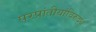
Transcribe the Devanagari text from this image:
परप्रांतीयांविरुद्ध